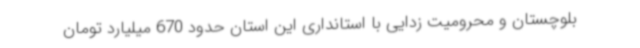
بلوچستان و محرومیت زدایی با استانداری این استان حدود 670 میلیارد تومان